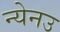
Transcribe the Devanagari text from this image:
न्येनउ